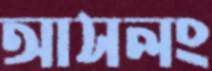
আসলং